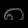
Digit: ၈